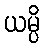
ယမ္ပိ